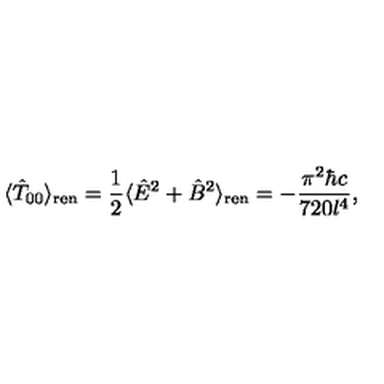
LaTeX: \langle { \hat { T } } _ { 0 0 } \rangle _ { \mathrm { r e n } } = { \frac { 1 } { 2 } } \langle { \hat { E } } ^ { 2 } + { \hat { B } } ^ { 2 } \rangle _ { \mathrm { r e n } } = - { \frac { \pi ^ { 2 } \hbar c } { 7 2 0 l ^ { 4 } } } ,